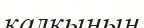
қалқының